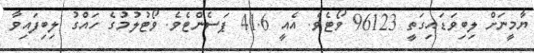
ޔާމީނަށް ލިބިވަޑައިގަތީ 96123 ވޯޓެވެ. އެއީ 41.6 ޕަސެންޓެވެ. ވޯޓުލުމުގެ ހައްގު ލިބިފައިވާ